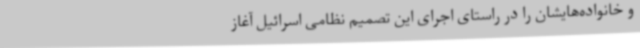
و خانواده‌هایشان را در راستای اجرای این تصمیم نظامی اسرائیل آغاز